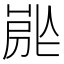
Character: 𡲡